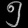
Digit: ၅